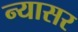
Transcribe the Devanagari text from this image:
न्यासर